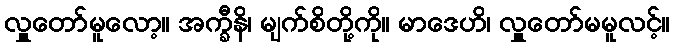
လှူတော်မူလော့။ အက္ခီနိ၊ မျက်စိတို့ကို။ မာဒေဟိ၊ လှူတော်မမူလင့်။